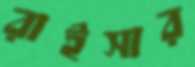
রাইসার